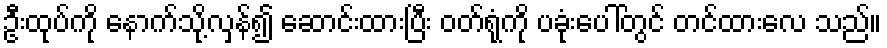
ဦးထုပ်ကို နောက်သို့လှန်၍ ဆောင်းထားပြီး ဝတ်ရုံကို ပခုံးပေါ်တွင် တင်ထားလေ သည်။